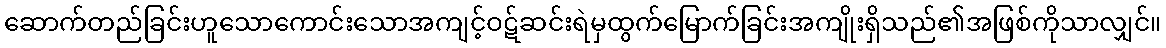
ဆောက်တည်ခြင်းဟူသောကောင်းသောအကျင့်ဝဋ်ဆင်းရဲမှထွက်မြောက်ခြင်းအကျိုးရှိသည်၏အဖြစ်ကိုသာလျှင်။